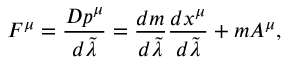
F ^ { \mu } = { \frac { D p ^ { \mu } } { d \tilde { \lambda } } } = { \frac { d m } { d \tilde { \lambda } } } { \frac { d x ^ { \mu } } { d \tilde { \lambda } } } + m A ^ { \mu } ,